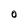
Character: O